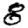
Digit: 8